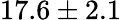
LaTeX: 17.6\pm 2.1